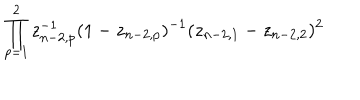
\prod _ { p = 1 } ^ { 2 } z _ { n - 2 , p } ^ { - 1 } ( 1 - z _ { n - 2 , p } ) ^ { - 1 } ( z _ { n - 2 , 1 } - z _ { n - 2 , 2 } ) ^ { 2 }